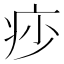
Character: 𤵌